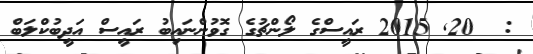
:  20